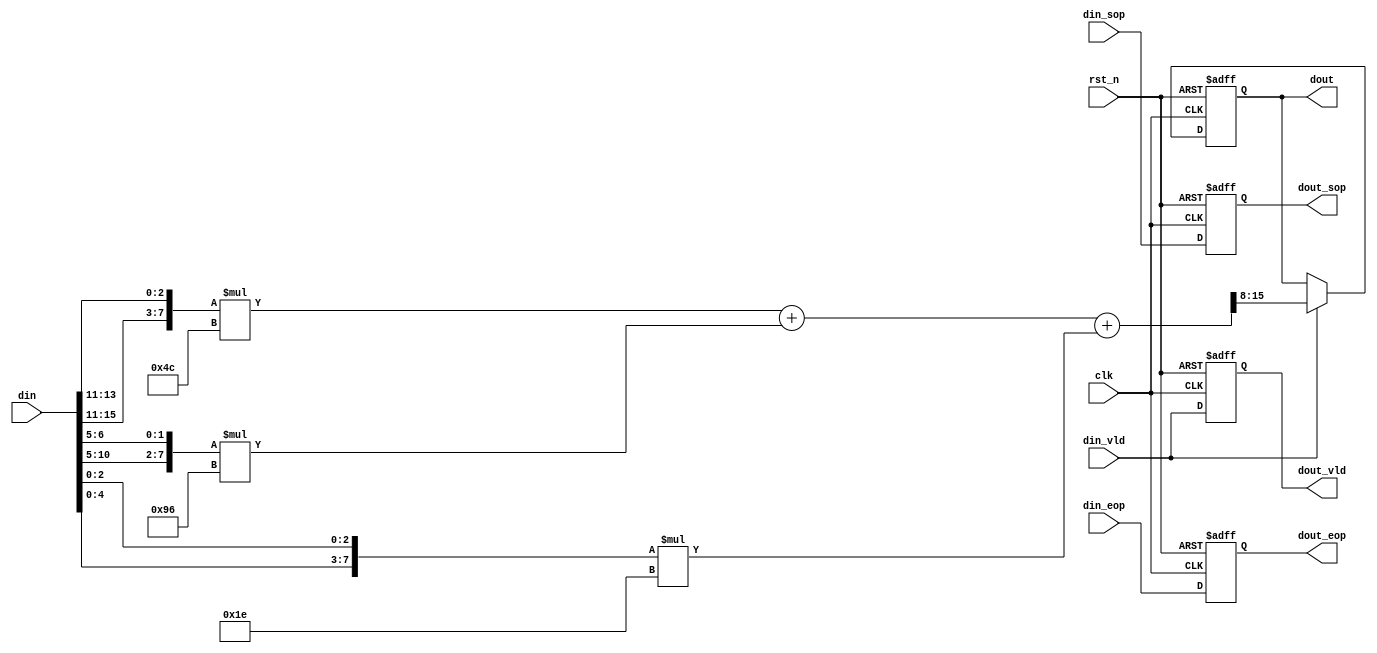
module rgb565_gray(
    clk         ,
    rst_n       ,
    din         ,
    din_vld     ,
    din_sop     ,
    din_eop     ,
    dout        ,
    dout_vld    ,
    dout_sop    ,
    dout_eop     
);

    //
    input         clk     ;
    input         rst_n   ;
    input  [15:0] din     ;
    input         din_vld ;
    input         din_sop ;
    input         din_eop ;

    //
    output [7:0]  dout     ;
    output        dout_vld ;
    output        dout_sop ;
    output        dout_eop ;

    //reg
    reg    [7:0]  dout     ;
    reg           dout_vld ;
    reg           dout_sop ;
    reg           dout_eop ;

    //
    wire   [7:0]  red     ;
    wire   [7:0]  green   ;
    wire   [7:0]  blue    ;

    assign red   = {din[15:11],din[13:11]};
    assign green = {din[10:5],din[6:5]};
    assign blue  = {din[4:0],din[2:0]}; 

    always @ (posedge clk or negedge rst_n)begin
        if(!rst_n)begin
            dout <= 0;
        end
        else if(din_vld)begin
            dout <= (red*76 + green*150 + blue*30) >> 8;
        end
    end

    always @ (posedge clk or negedge rst_n)begin
        if(!rst_n)begin
            dout_vld <= 0;
        end
        else begin
            dout_vld <= din_vld;
        end
    end

    always @ (posedge clk or negedge rst_n)begin
        if(!rst_n)begin
            dout_sop <= 0;
        end
        else begin
            dout_sop <= din_sop;
        end
    end

    always @ (posedge clk or negedge rst_n)begin
        if(!rst_n)begin
            dout_eop <= 0;
        end
        else begin
            dout_eop <= din_eop;
        end
    end

endmodule